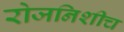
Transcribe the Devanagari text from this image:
रोजनिशीच